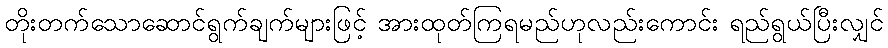
တိုးတက်သောဆောင်ရွက်ချက်များဖြင့် အားထုတ်ကြရမည်ဟုလည်းကောင်း ရည်ရွယ်ပြီးလျှင်